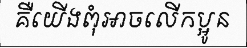
គឺយើងពុំអាចលើកប្អូន